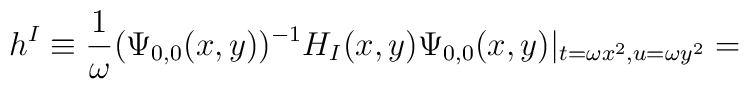
h^{I} \equiv \frac{1}{\omega} ( \Psi_{0,0}(x,y))^{-1} H_I (x,y)\Psi_{0,0}(x,y)|_{t=\omega x^2,u=\omega y^2} =